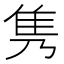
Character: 隽